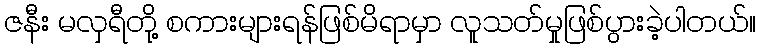
ဇနီး မလှရီတို့ စကားများရန်ဖြစ်မိရာမှာ လူသတ်မှုဖြစ်ပွားခဲ့ပါတယ်။